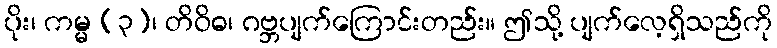
ပိုး၊ ကမ္မ (၃)၊ တိဝိဓ၊ ဂဗ္ဘပျက်ကြောင်းတည်း။ ဤသို့ ပျက်လေ့ရှိသည်ကို